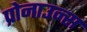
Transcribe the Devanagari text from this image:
प्रोनाउन्स